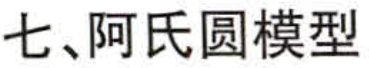
七、阿氏圆模型